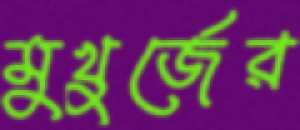
মুখুর্জের